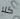
كلا